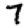
Digit: 7